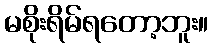
မစိုးရိမ်ရတော့ဘူး။